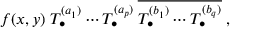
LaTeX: f ( x , y ) \; T _ { \bullet } ^ { ( a _ { 1 } ) } \cdots T _ { \bullet } ^ { ( a _ { p } ) } \: \overline { { { T _ { \bullet } ^ { ( b _ { 1 } ) } \cdots T _ { \bullet } ^ { ( b _ { q } ) } } } } \; ,